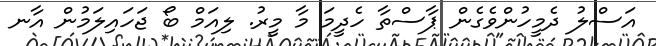
އަސްލު ދެމީހުންވެގެން ޕާސްތާ ހެދީމަ މާ މީރު. ލިއަމް ބޯ ޖަހައިލަމުން އާނ